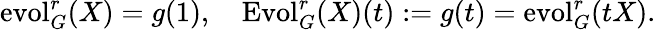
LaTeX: \operatorname{evol}_{G}^{r}(X)=g(1),\quad\operatorname{Evol}_{G}^{r}(X)(t):=g(t)=\operatorname{evol}_{G}^{r}(tX).